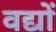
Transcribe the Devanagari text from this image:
वद्यों